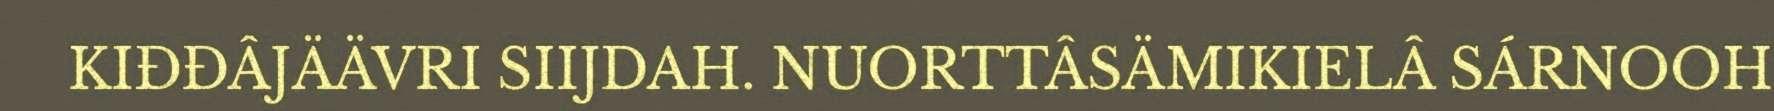
KIĐĐÂJÄÄVRI SIIJDAH. NUORTTÂSÄMIKIELÂ SÁRNOOH